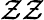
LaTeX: \mathcal{Z}\mathcal{Z}